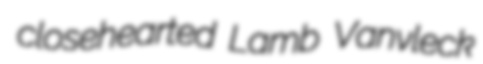
closehearted Lamb Vanvleck